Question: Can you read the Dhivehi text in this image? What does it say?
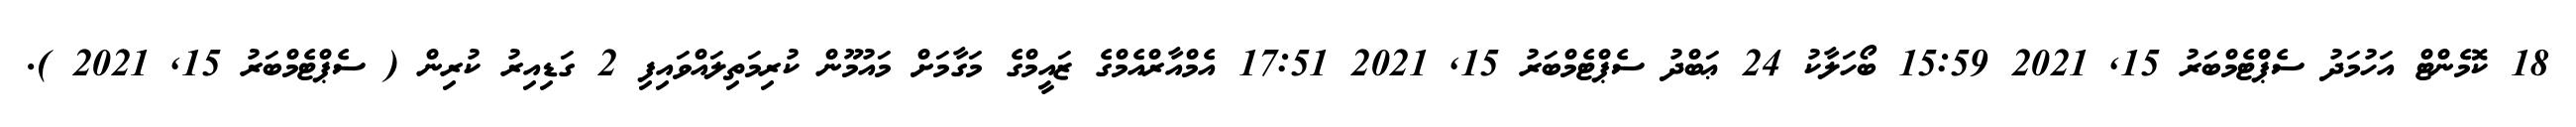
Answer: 18 ކޮމެންޓް އަހުމަދު ސެޕްޓެމްބަރު 15, 2021 15:59 ބޯހަލާކު 24 ޢަބްދު ސެޕްޓެމްބަރު 15, 2021 17:51 އެމްއާރްއެމްގެ ޒައީމްގެ މަގާމަށް މައުމޫން ކުރިމަތިލައްވައިފި 2 ގަޑިއިރު ކުރިން ( ސެޕްޓެމްބަރު 15, 2021 ).